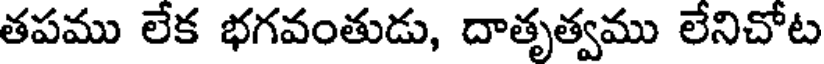
తపము లేక భగవంతుడు, దాతృత్వము లేనిచోట